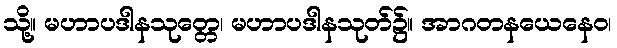
သို့။ မဟာပဒါနသုတ္တေ၊ မဟာပဒါနသုတ်၌။ အာဂတနယေနေဝ၊